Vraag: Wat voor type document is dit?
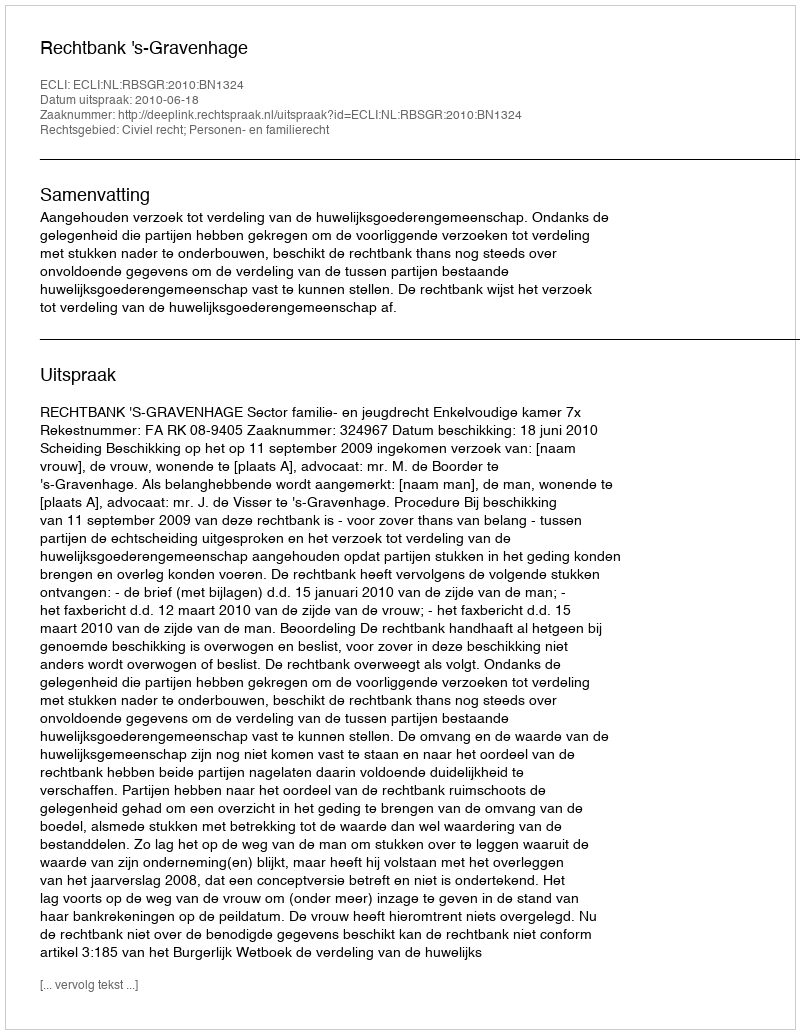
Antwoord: Uitspraak